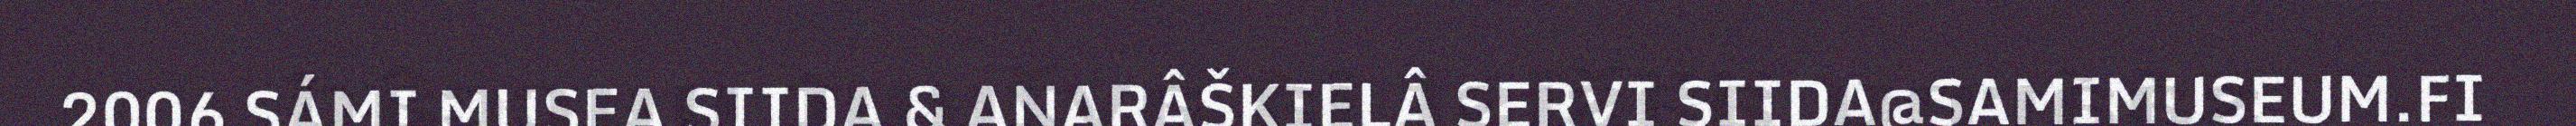
2006 SÁMI MUSEA SIIDA & ANARÂŠKIELÂ SERVI SIIDA@SAMIMUSEUM.FI